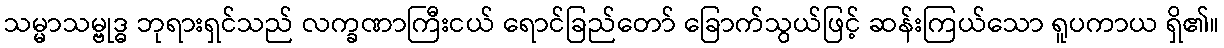
သမ္မာသမ္ဗုဒ္ဓ ဘုရားရှင်သည် လက္ခဏာကြီးငယ် ရောင်ခြည်တော် ခြောက်သွယ်ဖြင့် ဆန်းကြယ်သော ရူပကာယ ရှိ၏။